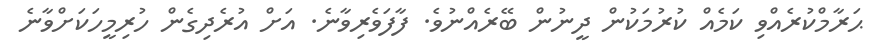
ޙަރާމްކުރެއްވި ކަމެއް ކުރުމަކުން ދީނުން ބޭރެއްނުވެ. ފާފަވެރިވާނެ. އަށް އުރެދިގެން ހުރިމީހަކަށްވާނެ